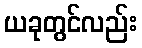
ယခုတွင်လည်း